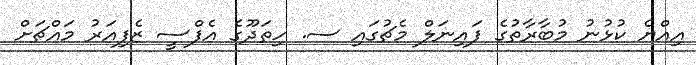
އިއްޔެ ކުޅުނު މުބާރާތުގެ ފައިނަލް މެޗުގައި ސ. ހިތަދޫގެ އެފްސީ ޒެފިއަރު މައްޗަށް